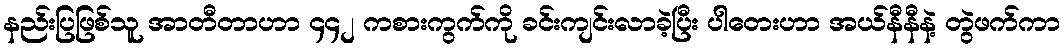
နည်းပြဖြစ်သူ အာတီတာဟာ ၄၄၂ ကစားကွက်ကို ခင်းကျင်းလာခဲ့ပြီး ပါတေးဟာ အယ်နီနီနဲ့ တွဲဖက်ကာ